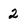
Character: 2